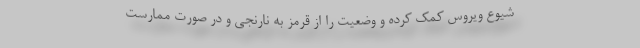
شیوع ویروس کمک کرده و وضعیت را از قرمز به نارنجی و در صورت ممارست